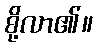
စို့လာ၏။